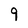
Character: 9